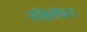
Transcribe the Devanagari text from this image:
नशिलेपन